Indian journal of veterinary science and animal husbandry - Volume 3,
Year: 1933
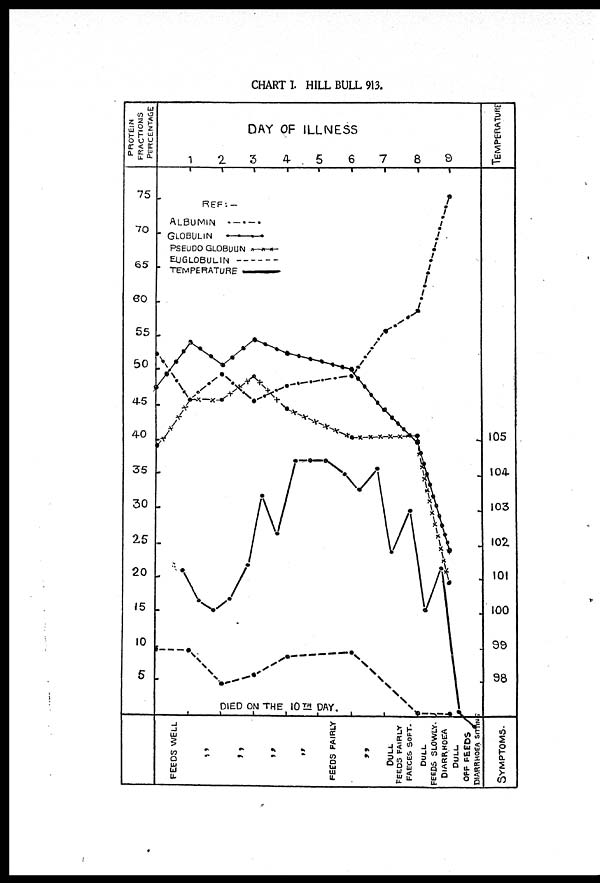
CHART I. HILL BULL 913.